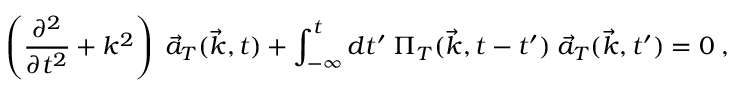
\left( \frac { \partial ^ { 2 } } { \partial t ^ { 2 } } + k ^ { 2 } \right) \; { \vec { a } } _ { T } ( { \vec { k } } , t ) + \int _ { - \infty } ^ { t } d t ^ { \prime } \; \Pi _ { T } ( { \vec { k } } , t - t ^ { \prime } ) \; { \vec { a } } _ { T } ( { \vec { k } } , t ^ { \prime } ) = 0 \; ,